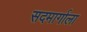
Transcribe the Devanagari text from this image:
सदमार्गाला